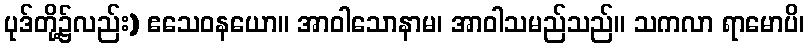
ပုဒ်တို့၌လည်း) ဧသေဝနယော။ အာဝါသောနာမ၊ အာဝါသမည်သည်။ သကလာ ရာမောပိ၊